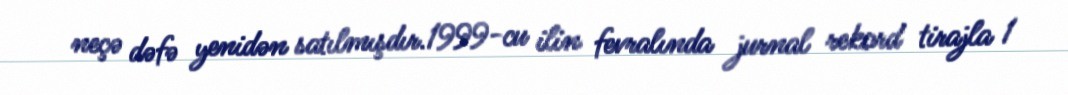
neçə dəfə yenidən satılmışdır.1999-cu ilin fevralında jurnal rekord tirajla 1